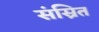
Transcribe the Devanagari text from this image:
संस्रित